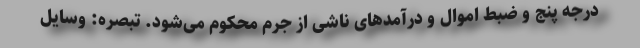
درجه پنج و ضبط اموال و درآمدهای ناشی از جرم محکوم می‌شود. تبصره: وسایل